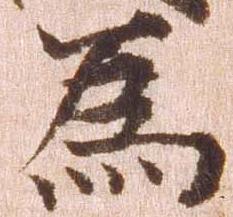
為